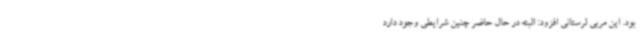
بود. این مربی لرستانی افزود: البته در حال حاضر چنین شرایطی وجود دارد